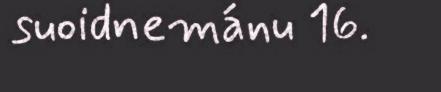
suoidnemánu 16.